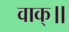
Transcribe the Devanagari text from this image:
वाक्॥